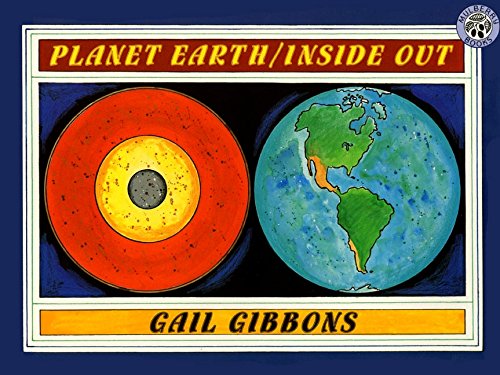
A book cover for Planet Earth/Inside Out; Gail Gibbons; Children's Books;